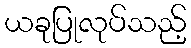
ယခုပြုလုပ်သည့်